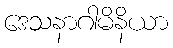
ဒေသနာဂါမိနိယာ